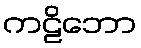
ကဠိဘော